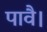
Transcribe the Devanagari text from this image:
पावै।